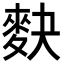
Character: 𪌊